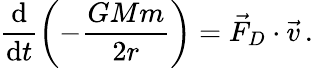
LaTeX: \frac{\textrm{d}}{\textrm{d}t}\left(-\frac{GMm}{2r}\right)=\vec{F}_{D}\cdot\vec{v}\, .